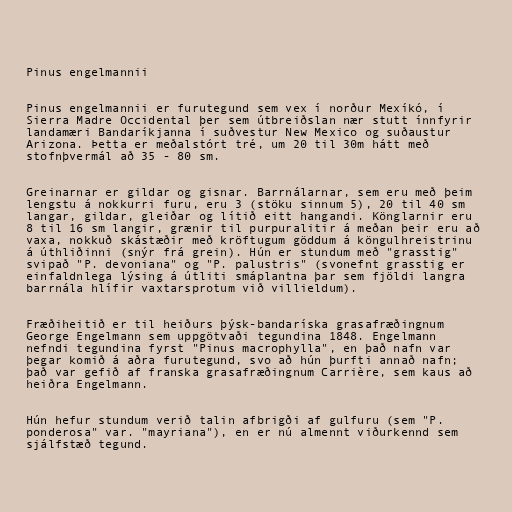
Pinus engelmannii

Pinus engelmannii er furutegund sem vex í norður Mexíkó, í
Sierra Madre Occidental þer sem útbreiðslan nær stutt ínnfyrir
landamæri Bandaríkjanna í suðvestur New Mexico og suðaustur
Arizona. Þetta er meðalstórt tré, um 20 til 30m hátt með
stofnþvermál að 35 - 80 sm.

Greinarnar er gildar og gisnar. Barrnálarnar, sem eru með þeim
lengstu á nokkurri furu, eru 3 (stöku sinnum 5), 20 til 40 sm
langar, gildar, gleiðar og lítið eitt hangandi. Könglarnir eru
8 til 16 sm langir, grænir til purpuralitir á meðan þeir eru að
vaxa, nokkuð skástæðir með kröftugum göddum á köngulhreistrinu
á úthliðinni (snýr frá grein). Hún er stundum með "grasstig"
svipað "P. devoniana" og "P. palustris" (svonefnt grasstig er
einfaldnlega lýsing á útliti smáplantna þar sem fjöldi langra
barrnála hlífir vaxtarsprotum við villieldum).

Fræðiheitið er til heiðurs þýsk-bandaríska grasafræðingnum
George Engelmann sem uppgötvaði tegundina 1848. Engelmann
nefndi tegundina fyrst "Pinus macrophylla", en það nafn var
þegar komið á aðra furutegund, svo að hún þurfti annað nafn;
það var gefið af franska grasafræðingnum Carrière, sem kaus að
heiðra Engelmann.

Hún hefur stundum verið talin afbrigði af gulfuru (sem "P.
ponderosa" var. "mayriana"), en er nú almennt viðurkennd sem
sjálfstæð tegund.